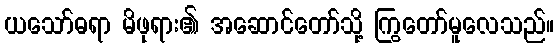
ယသော်ဓရာ မိဖုရား၏ အဆောင်တော်သို့ ကြွတော်မူလေသည်။